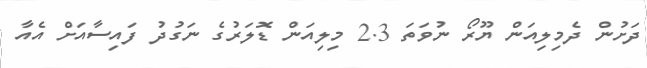
ދަށުން ދެމިލިއަން ޔޫރޯ ނުވަތަ 2.3 މިލިއަން ޑޮލަރުގެ ނަގުދު ފައިސާއަށް އެއާ